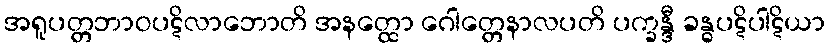
အရူပတ္တဘာဝပဋိလာဘောတိ အနတ္ထော ဂေါတ္တေနာလပတိ ပက္ခန္ဒီ ခန္ဓပဋိပါဋိယာ